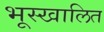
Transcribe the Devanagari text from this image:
भूस्खालित